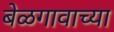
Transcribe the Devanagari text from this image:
बेळगावाच्या